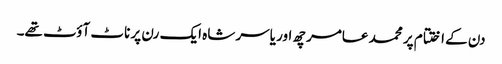
دن کے اختتام پر محمد عامر چھ اور یاسر شاہ ایک رن پر ناٹ آؤٹ تھے۔